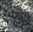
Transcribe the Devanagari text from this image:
एनेल